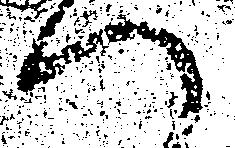
へ